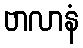
ဗာလာနံ